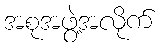
အစုအဖွဲ့အလိုက်